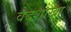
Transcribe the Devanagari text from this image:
वेदशाखा